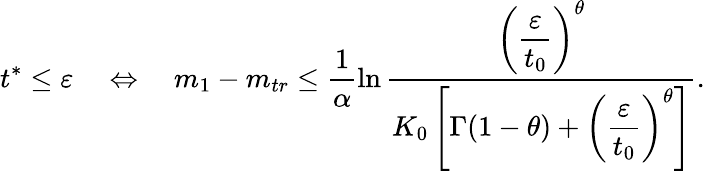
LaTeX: t^{*}\le\varepsilon\quad\Leftrightarrow\quad m_{1}-m_{tr}\le\frac{1}{\alpha}\ln\frac{\displaystyle\left(\frac{\varepsilon}{t_{0}}\right)^{\theta}}{K_{0}\left[\Gamma(1-\theta)+\displaystyle\left(\frac{\varepsilon}{t_{0}}\right)^{\theta}\right]}.